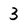
Character: 3